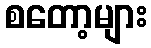
စတော့များ